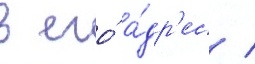
в его́ а́др'ес /